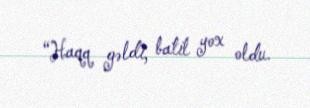
“Haqq gəldi, batil yox oldu.